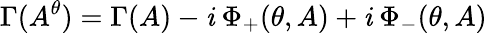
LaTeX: \Gamma(A^{\theta})=\Gamma(A)-\mathit{i}\ \Phi_{+}(\theta,A)+\mathit{i}\ \Phi_{-}(\theta,A)